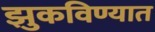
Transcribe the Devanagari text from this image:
झुकविण्यात